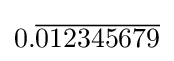
0.{\overline {012345679}}